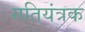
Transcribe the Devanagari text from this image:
गतियंत्रक